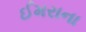
ઈમરાના